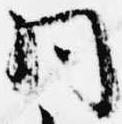
同